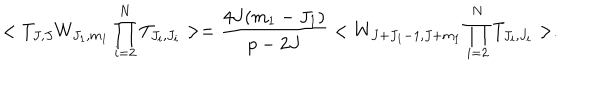
< T _ { J , J } W _ { J _ { 1 } , m _ { 1 } } \prod _ { i = 2 } ^ { N } T _ { J _ { i } , J _ { i } } > = \frac { 4 J ( m _ { 1 } - J _ { 1 } ) } { p - 2 J } < W _ { J + J _ { 1 } - 1 , J + m _ { 1 } } \prod _ { i = 2 } ^ { N } T _ { J _ { i } , J _ { i } } > .